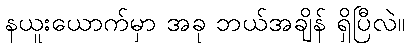
နယူးယောက်မှာ အခု ဘယ်အချိန် ရှိပြီလဲ။